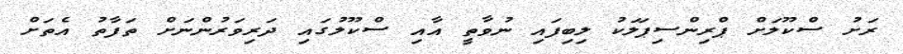
ރަށު ސްކޫލަށް ޕްރިންސިޕަލަކު ލިބިފައި ނުވާތީ އާއި ސްކޫލުގައި ދަރިވަރުންނަށް ތަފާތު އެތަށް